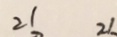
2 1 2 1